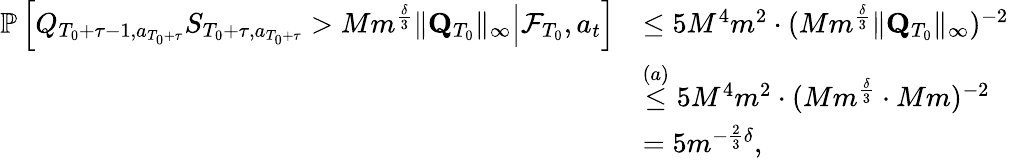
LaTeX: \begin{array}{rl}{\mathbb P\left[\left.Q_{T_{0}+\tau-1,a_{T_{0}+\tau}}S_{T_{0}+\tau,a_{T_{0}+\tau}}>Mm^{\frac\delta 3}\lVert\mathbf Q_{T_{0}}\rVert_{\infty}\right\rvert\mathcal F_{T_{0}},a_{t}\right]}&{\le 5M^{4}m^{2}\cdot(Mm^{\frac\delta 3}\lVert\mathbf Q_{T_{0}}\rVert_{\infty})^{-2}}\\ &{\stackrel{(a)}\le 5M^{4}m^{2}\cdot(Mm^{\frac\delta 3}\cdot Mm)^{-2}}\\ &{=5m^{-\frac 23\delta},}\end{array}